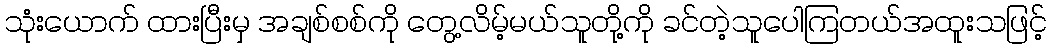
သုံးယောက် ထားပြီးမှ အချစ်စစ်ကို တွေ့လိမ့်မယ်သူတို့ကို ခင်တဲ့သူပေါကြတယ်အထူးသဖြင့်